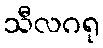
သီလဂရု